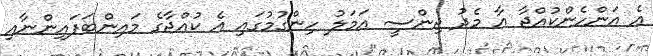
އެ އަންހެންކުއްޖާ އާ މެދު ޖިންސީ އަމަލު ހިންގުމުގައި އެ ކުއްޖާގެ މައިންބަފައިންނާއި